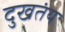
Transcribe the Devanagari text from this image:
दुखतंय